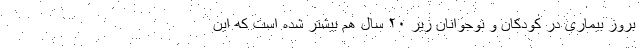
بروز بیماری در کودکان و نوجوانان زیر ۲۰ سال هم بیشتر شده است که این